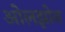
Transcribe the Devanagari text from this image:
ओलझोन